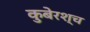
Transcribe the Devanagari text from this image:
कुबेरश्च